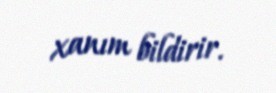
xanım bildirir.